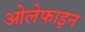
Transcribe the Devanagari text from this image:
ओलेफाइन